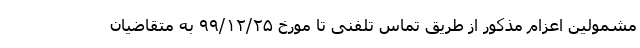
مشمولین اعزام مذکور از طریق تماس تلفنی تا مورخ ۹۹/۱۲/۲۵ به متقاضیان